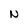
Character: N